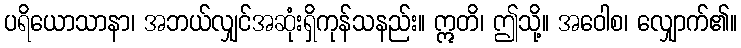
ပရိယောသာနာ၊ အဘယ်လျှင်အဆုံးရှိကုန်သနည်း။ ဣတိ၊ ဤသို့။ အဝေါစ၊ လျှောက်၏။